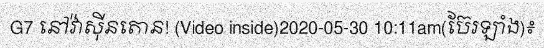
G7 នៅវ៉ាស៊ីនតោន! (Video inside)2020-05-30 10:11am(ប៊ែរឡាំង)៖